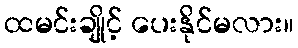
ထမင်းချိုင့် ပေးနိုင်မလား။